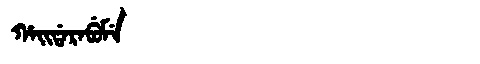
Manchu: ᡥᠠᡳᡩᠠᡵᠠᠪᡠᠮᡝ
Romanization: HAIDARABUME